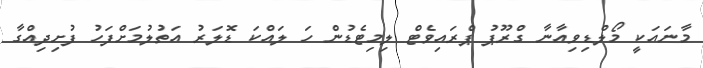
މާނައަކީ މޯލްޑިވިއާނާ ގްރޫޕު ޕްރައިވެޓް ލިމިޓެޑުން ހަ ލައްކަ ޑޮލަރު އަތުލުމަށްފަހު ފުށިދިއްގާ